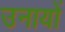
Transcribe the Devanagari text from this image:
उनायों